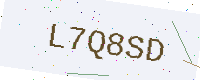
Text: L7Q8SD